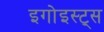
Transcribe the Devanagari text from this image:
इगोइस्ट्स